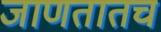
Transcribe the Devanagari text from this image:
जाणतातच